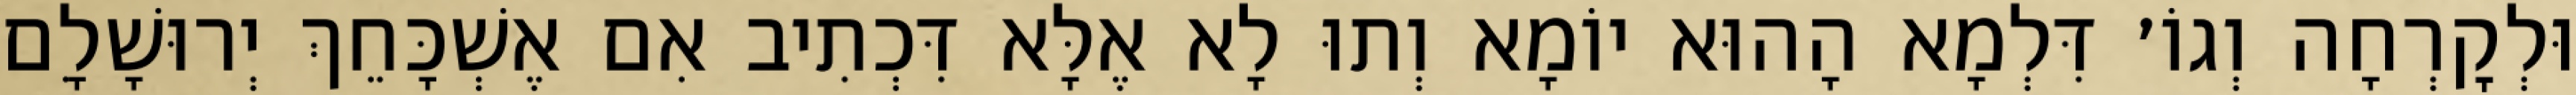
וּלְקׇרְחָה וְגוֹ׳ דִּלְמָא הָהוּא יוֹמָא וְתוּ לָא אֶלָּא דִּכְתִיב אִם אֶשְׁכָּחֵךְ יְרוּשָׁלִָם